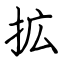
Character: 拡